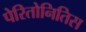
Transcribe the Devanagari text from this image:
पेरितोनितिस